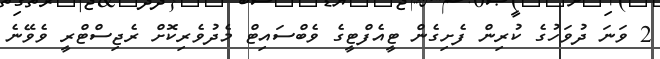
2 ވަނަ ދުވަހުގެ ކުރިން ފެށިގެން ޓީއެފްޓީގެ ވެބްސައިޓް މެދުވެރިކޮށް ރެޖިސްޓްރީ ވެވޭނެ